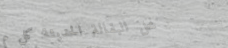
محل البقالة الحديثة: كل م